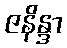
ဇနိန္ဒာ